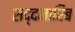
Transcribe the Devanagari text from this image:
सद्दमारिब